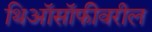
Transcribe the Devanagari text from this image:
थिऑसॉफीवरील